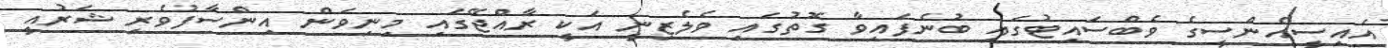
އައިސީއެންސީގެ ވެބްސައިޓުގައި ބުނެފައިވާ ގޮތުގައި ވެލެޒިނީ އަކީ ރާއްޖޭގައި މިނިވަން އިންސާފުވެރި ޝަރުއީ